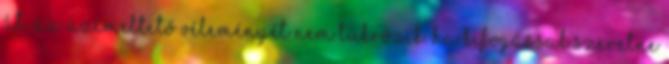
át, az üzemeltető véleményét nem tükrözik. Ha kifogással szeretne